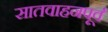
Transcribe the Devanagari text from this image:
सातवाहनपूर्व